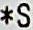
*S